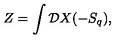
Z = \int { \cal D } X ( - S _ { q } ) ,